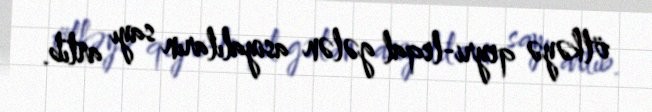
ölkəyə qeyri-leqal gələn asiyalıların sayı artıb.